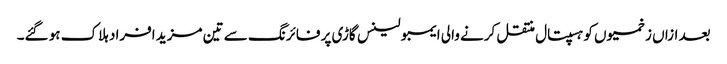
بعد ازاں زخمیوں کو ہسپتال منتقل کرنے والی ایمبولینس گاڑی پر فائرنگ سے تین مزید افراد ہلاک ہو گئے۔